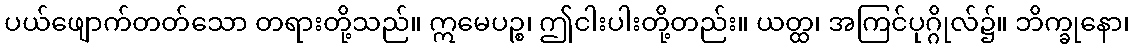
ပယ်ဖျောက်တတ်သော တရားတို့သည်။ ဣမေပဉ္စ၊ ဤငါးပါးတို့တည်း။ ယတ္ထ၊ အကြင်ပုဂ္ဂိုလ်၌။ ဘိက္ခုနော၊